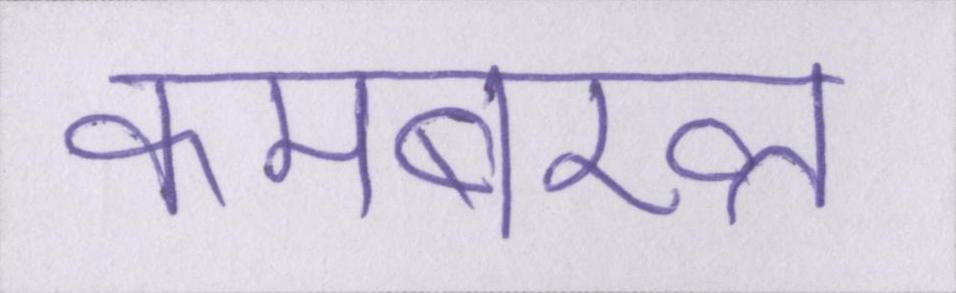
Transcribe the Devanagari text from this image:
कमबख्त